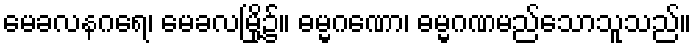
မေခလနဂရေ၊ မေခလမြို့၌။ ဓမ္မဂဏော၊ ဓမ္မဂဏမည်သောသူသည်။